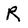
Character: R